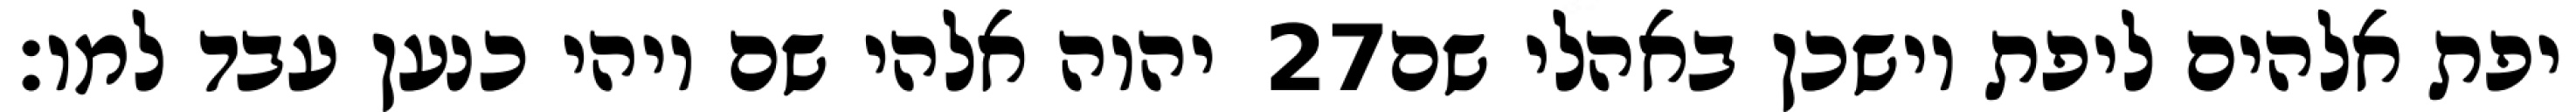
יהוה אלהי שם ויהי כנען עבד למו׃ ‎27‏ יפת אלהים ליפת וישכן באהלי שם